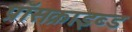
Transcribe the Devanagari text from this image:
प्रॉसक्राइब्ड